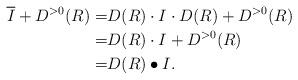
LaTeX: \begin{align*} \overline{I}+D^{>0}(R) =& D(R)\cdot I\cdot D(R)+D^{>0}(R)\\=& D(R)\cdot I + D^{>0}(R)\\=& D(R)\bullet I.\end{align*}